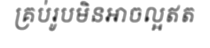
គ្រប់រូបមិនអាចល្អឥត